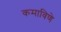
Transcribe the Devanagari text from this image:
कमाविणे